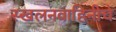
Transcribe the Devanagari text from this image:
स्खलनवाहिनीचे